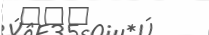
٢٤٩